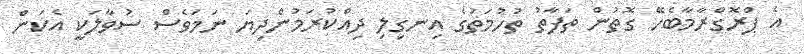
އެ ޕްރޮގްރާމާބެހޭ ގޮތުން ތަފާތު ތުހުމަތުގެ އިނގިލި ދިއްކުރަމުންދިޔަ ނަމަވެސް ސުވާލަކީ އެކަން